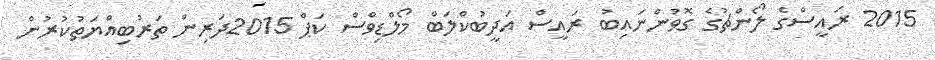
2015 ރައީސްގެ ލޯންޗުގެ ގޮވުންނައިބު ރައީސް އަދީބުކްލަބް މޯލްޑިވްސް ކަޕް 2015ދަރިން ތަރުބިއްޔަތުކުރުން